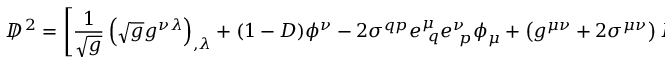
D \! \! \! \! / ^ { ~ 2 } = \left[ { \frac { 1 } { \sqrt g } } \left( { \sqrt g } g ^ { \nu \lambda } \right) _ { , \lambda } + ( 1 - { \cal D } ) \phi ^ { \nu } - 2 \sigma ^ { q p } e _ { ~ q } ^ { \mu } e _ { ~ p } ^ { \nu } \phi _ { \mu } + \left( g ^ { \mu \nu } + 2 \sigma ^ { \mu \nu } \right) D _ { \mu } \right] D _ { \nu } .